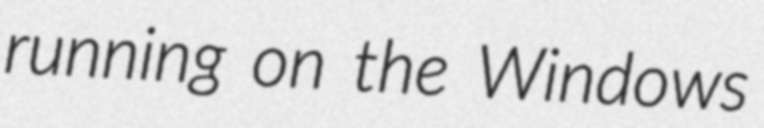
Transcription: running on the Windows